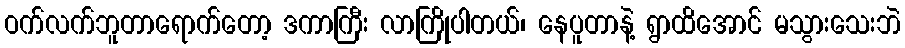
ဝက်လက်ဘူတာရောက်တော့ ဒကာကြီး လာကြိုပါတယ်၊ နေပူတာနဲ့ ရွာထိအောင် မသွားသေးဘဲ